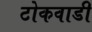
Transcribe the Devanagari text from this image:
टोकवाडी